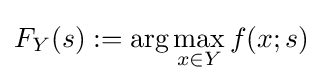
F_{Y}(s):=\arg \max _{x\in Y}f(x;s)